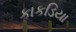
કાકડિયા